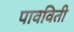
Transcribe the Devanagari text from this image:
पावविती